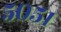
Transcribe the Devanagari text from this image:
५०५१